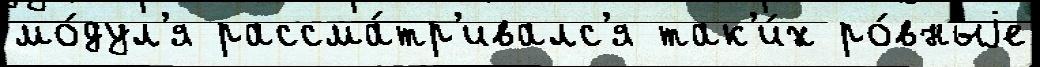
мо́дул'я рассма́тр'ивалс'я так'и́х ро́вныjе